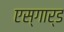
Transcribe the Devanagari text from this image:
एस्गार्ड